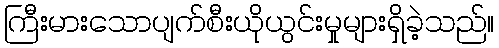
ကြီးမားသောပျက်စီးယိုယွင်းမှုများရှိခဲ့သည်။